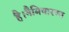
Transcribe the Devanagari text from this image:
है।नैमिषारण्य